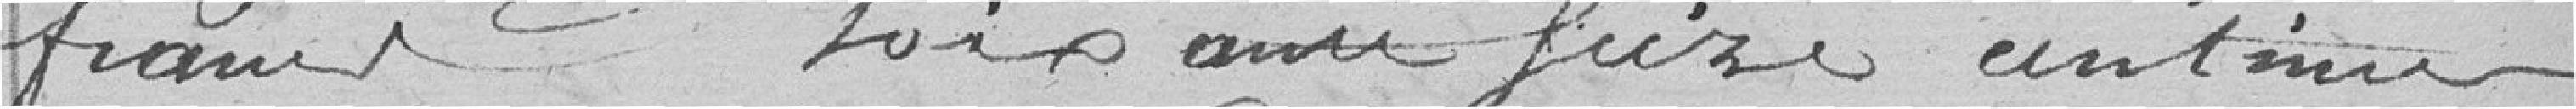
francs lois au seize antier